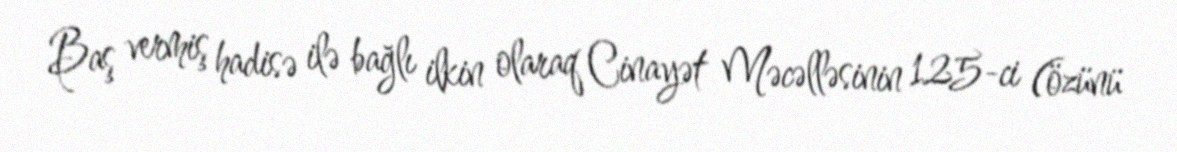
Baş vermiş hadisə ilə bağlı ilkin olaraq Cinayət Məcəlləsinin 125-ci (özünü